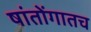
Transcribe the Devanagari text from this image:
षांतोंगातच